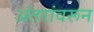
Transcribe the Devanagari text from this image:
अंतरांवरून